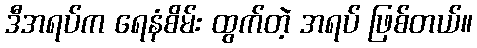
ဒီအရပ်က ရေနံစိမ်း ထွက်တဲ့ အရပ် ဖြစ်တယ်။